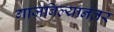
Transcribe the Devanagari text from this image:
गाजविल्यानंतर